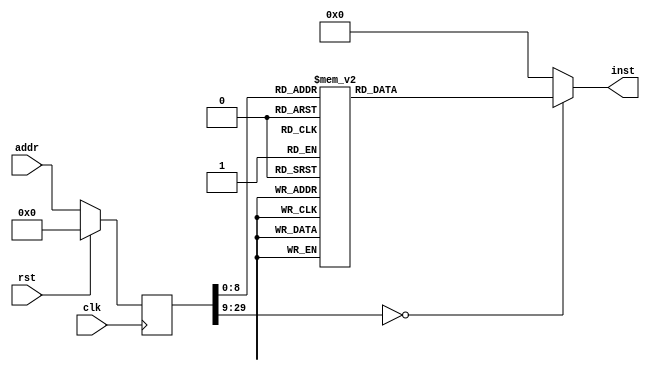
module asmtest(input clk, input rst, input [29:0] addr, output reg [31:0] inst);
reg [29:0] addr_r;
always @(posedge clk)
begin
addr_r <= (rst) ? (30'b0) : (addr);
end
always @(*)
begin
case(addr_r)
30'h00000000: inst = 32'h130f0000;
30'h00000001: inst = 32'h93030000;
30'h00000002: inst = 32'h93013000;
30'h00000003: inst = 32'h13024000;
30'h00000004: inst = 32'h93025000;
30'h00000005: inst = 32'h13036000;
30'h00000006: inst = 32'hb7000010;
30'h00000007: inst = 32'h93800002;
30'h00000008: inst = 32'h37b1ad1e;
30'h00000009: inst = 32'h1301f10e;
30'h0000000a: inst = 32'h37050010;
30'h0000000b: inst = 32'h23201500;
30'h0000000c: inst = 32'h23222500;
30'h0000000d: inst = 32'h83250500;
30'h0000000e: inst = 32'h03264500;
30'h0000000f: inst = 32'h930f1003;
30'h00000010: inst = 32'h93831300;
30'h00000011: inst = 32'h639eb05c;
30'h00000012: inst = 32'h930f2003;
30'h00000013: inst = 32'h93831300;
30'h00000014: inst = 32'h6318c15c;
30'h00000015: inst = 32'h930f3003;
30'h00000016: inst = 32'h93831300;
30'h00000017: inst = 32'h371a0000;
30'h00000018: inst = 32'h930a0040;
30'h00000019: inst = 32'h938a0a40;
30'h0000001a: inst = 32'h938a0a40;
30'h0000001b: inst = 32'h938a0a40;
30'h0000001c: inst = 32'h63984a5b;
30'h0000001d: inst = 32'h930f4003;
30'h0000001e: inst = 32'h93831300;
30'h0000001f: inst = 32'h930af04f;
30'h00000020: inst = 32'h136af04f;
30'h00000021: inst = 32'h639e4a59;
30'h00000022: inst = 32'h930f5003;
30'h00000023: inst = 32'h93831300;
30'h00000024: inst = 32'h170a0000;
30'h00000025: inst = 32'he70aca00;
30'h00000026: inst = 32'h6f00c062;
30'h00000027: inst = 32'h130a8a00;
30'h00000028: inst = 32'h63105a59;
30'h00000029: inst = 32'h930f6003;
30'h0000002a: inst = 32'h93831300;
30'h0000002b: inst = 32'h170a0000;
30'h0000002c: inst = 32'h135aca01;
30'h0000002d: inst = 32'h93021000;
30'h0000002e: inst = 32'h63944257;
30'h0000002f: inst = 32'h930f7003;
30'h00000030: inst = 32'h93831300;
30'h00000031: inst = 32'h130a1000;
30'h00000032: inst = 32'h930a2000;
30'h00000033: inst = 32'h130b2000;
30'h00000034: inst = 32'h630a5a5f;
30'h00000035: inst = 32'h63846a01;
30'h00000036: inst = 32'h6f008054;
30'h00000037: inst = 32'h930f8003;
30'h00000038: inst = 32'h93831300;
30'h00000039: inst = 32'h130a1000;
30'h0000003a: inst = 32'h930a2000;
30'h0000003b: inst = 32'hb7fbffff;
30'h0000003c: inst = 32'h63ca4a5d;
30'h0000003d: inst = 32'h63c87a5d;
30'h0000003e: inst = 32'h63c44b01;
30'h0000003f: inst = 32'h6f004052;
30'h00000040: inst = 32'h930f9003;
30'h00000041: inst = 32'h93831300;
30'h00000042: inst = 32'h130a1000;
30'h00000043: inst = 32'h930a2000;
30'h00000044: inst = 32'hb7fbffff;
30'h00000045: inst = 32'h63e84a5b;
30'h00000046: inst = 32'h63e64b5b;
30'h00000047: inst = 32'h63645a01;
30'h00000048: inst = 32'h6f000050;
30'h00000049: inst = 32'h930f1006;
30'h0000004a: inst = 32'h93831300;
30'h0000004b: inst = 32'h130a1000;
30'h0000004c: inst = 32'h930a2000;
30'h0000004d: inst = 32'hb7fbffff;
30'h0000004e: inst = 32'h63565a59;
30'h0000004f: inst = 32'h63d45b59;
30'h00000050: inst = 32'h63547a01;
30'h00000051: inst = 32'h6f00c04d;
30'h00000052: inst = 32'h930f2006;
30'h00000053: inst = 32'h93831300;
30'h00000054: inst = 32'h130a1000;
30'h00000055: inst = 32'h930a2000;
30'h00000056: inst = 32'hb7fbffff;
30'h00000057: inst = 32'h63747a57;
30'h00000058: inst = 32'h63725a57;
30'h00000059: inst = 32'h63705057;
30'h0000005a: inst = 32'h63f45b01;
30'h0000005b: inst = 32'h6f00404b;
30'h0000005c: inst = 32'h930f3006;
30'h0000005d: inst = 32'h93831300;
30'h0000005e: inst = 32'h130af00f;
30'h0000005f: inst = 32'h931a4a01;
30'h00000060: inst = 32'hb70bf00f;
30'h00000061: inst = 32'h639e5b49;
30'h00000062: inst = 32'h930f4006;
30'h00000063: inst = 32'h93831300;
30'h00000064: inst = 32'h37fcffff;
30'h00000065: inst = 32'h136cfcff;
30'h00000066: inst = 32'hb70b0080;
30'h00000067: inst = 32'h93dbfb41;
30'h00000068: inst = 32'h63107c49;
30'h00000069: inst = 32'h930f5006;
30'h0000006a: inst = 32'h93831300;
30'h0000006b: inst = 32'h37050010;
30'h0000006c: inst = 32'hb74a6587;
30'h0000006d: inst = 32'h93ea1a32;
30'h0000006e: inst = 32'h23205501;
30'h0000006f: inst = 32'h030b0500;
30'h00000070: inst = 32'h130c1002;
30'h00000071: inst = 32'h631e8b45;
30'h00000072: inst = 32'h030b1500;
30'h00000073: inst = 32'h130c3004;
30'h00000074: inst = 32'h63188b45;
30'h00000075: inst = 32'h030b2500;
30'h00000076: inst = 32'h130c5006;
30'h00000077: inst = 32'h63128b45;
30'h00000078: inst = 32'h030b3500;
30'h00000079: inst = 32'h370c0087;
30'h0000007a: inst = 32'h135c8c41;
30'h0000007b: inst = 32'h631a8b43;
30'h0000007c: inst = 32'h930f6006;
30'h0000007d: inst = 32'h93831300;
30'h0000007e: inst = 32'h37050010;
30'h0000007f: inst = 32'h370defcd;
30'h00000080: inst = 32'h135d0d01;
30'h00000081: inst = 32'h370aab89;
30'h00000082: inst = 32'hb3094d01;
30'h00000083: inst = 32'h23203501;
30'h00000084: inst = 32'h83270500;
30'h00000085: inst = 32'h030b0500;
30'h00000086: inst = 32'h370c00ef;
30'h00000087: inst = 32'h135c8c41;
30'h00000088: inst = 32'h63108b41;
30'h00000089: inst = 32'h030b1500;
30'h0000008a: inst = 32'h370c00cd;
30'h0000008b: inst = 32'h135c8c41;
30'h0000008c: inst = 32'h63188b3f;
30'h0000008d: inst = 32'h030b2500;
30'h0000008e: inst = 32'h370c00ab;
30'h0000008f: inst = 32'h135c8c41;
30'h00000090: inst = 32'h63108b3f;
30'h00000091: inst = 32'h832c0500;
30'h00000092: inst = 32'h030b3500;
30'h00000093: inst = 32'h370c0089;
30'h00000094: inst = 32'h135c8c41;
30'h00000095: inst = 32'h63168b3d;
30'h00000096: inst = 32'h930f7006;
30'h00000097: inst = 32'h93831300;
30'h00000098: inst = 32'h37050010;
30'h00000099: inst = 32'h370defcd;
30'h0000009a: inst = 32'h135d0d01;
30'h0000009b: inst = 32'h370aab89;
30'h0000009c: inst = 32'hb3094d01;
30'h0000009d: inst = 32'h23203501;
30'h0000009e: inst = 32'h83270500;
30'h0000009f: inst = 32'h031b0500;
30'h000000a0: inst = 32'h370cefcd;
30'h000000a1: inst = 32'h135c0c41;
30'h000000a2: inst = 32'h631c8b39;
30'h000000a3: inst = 32'h031b2500;
30'h000000a4: inst = 32'h370cab89;
30'h000000a5: inst = 32'h135c0c41;
30'h000000a6: inst = 32'h63148b39;
30'h000000a7: inst = 32'h930f8006;
30'h000000a8: inst = 32'h93831300;
30'h000000a9: inst = 32'h37050010;
30'h000000aa: inst = 32'h370d2143;
30'h000000ab: inst = 32'h135d0d01;
30'h000000ac: inst = 32'h370a6587;
30'h000000ad: inst = 32'hb3094d01;
30'h000000ae: inst = 32'h23203501;
30'h000000af: inst = 32'h83270500;
30'h000000b0: inst = 32'h031b0500;
30'h000000b1: inst = 32'h370c2143;
30'h000000b2: inst = 32'h135c0c41;
30'h000000b3: inst = 32'h631a8b35;
30'h000000b4: inst = 32'h031b2500;
30'h000000b5: inst = 32'h370c6587;
30'h000000b6: inst = 32'h135c0c41;
30'h000000b7: inst = 32'h63128b35;
30'h000000b8: inst = 32'h930f9006;
30'h000000b9: inst = 32'h93831300;
30'h000000ba: inst = 32'h37050010;
30'h000000bb: inst = 32'h370d2143;
30'h000000bc: inst = 32'h135d0d01;
30'h000000bd: inst = 32'h370a6587;
30'h000000be: inst = 32'hb3094d01;
30'h000000bf: inst = 32'h23203501;
30'h000000c0: inst = 32'h83270500;
30'h000000c1: inst = 32'h639e3731;
30'h000000c2: inst = 32'h930fa006;
30'h000000c3: inst = 32'h93831300;
30'h000000c4: inst = 32'h37050010;
30'h000000c5: inst = 32'hb74a6587;
30'h000000c6: inst = 32'h93ea1a32;
30'h000000c7: inst = 32'h23205501;
30'h000000c8: inst = 32'h034b0500;
30'h000000c9: inst = 32'h130c1002;
30'h000000ca: inst = 32'h631c8b2f;
30'h000000cb: inst = 32'h034b1500;
30'h000000cc: inst = 32'h130c3004;
30'h000000cd: inst = 32'h63168b2f;
30'h000000ce: inst = 32'h034b2500;
30'h000000cf: inst = 32'h130c5006;
30'h000000d0: inst = 32'h63108b2f;
30'h000000d1: inst = 32'h034b3500;
30'h000000d2: inst = 32'h370c0087;
30'h000000d3: inst = 32'h135c8c01;
30'h000000d4: inst = 32'h63188b2d;
30'h000000d5: inst = 32'h930fb006;
30'h000000d6: inst = 32'h93831300;
30'h000000d7: inst = 32'h37050010;
30'h000000d8: inst = 32'h370defcd;
30'h000000d9: inst = 32'h135d0d01;
30'h000000da: inst = 32'h370aab89;
30'h000000db: inst = 32'hb3094d01;
30'h000000dc: inst = 32'h23203501;
30'h000000dd: inst = 32'h83270500;
30'h000000de: inst = 32'h034b0500;
30'h000000df: inst = 32'h370c00ef;
30'h000000e0: inst = 32'h135c8c01;
30'h000000e1: inst = 32'h631e8b29;
30'h000000e2: inst = 32'h034b1500;
30'h000000e3: inst = 32'h370c00cd;
30'h000000e4: inst = 32'h135c8c01;
30'h000000e5: inst = 32'h63168b29;
30'h000000e6: inst = 32'h034b2500;
30'h000000e7: inst = 32'h370c00ab;
30'h000000e8: inst = 32'h135c8c01;
30'h000000e9: inst = 32'h631e8b27;
30'h000000ea: inst = 32'h034b3500;
30'h000000eb: inst = 32'h370c0089;
30'h000000ec: inst = 32'h135c8c01;
30'h000000ed: inst = 32'h63168b27;
30'h000000ee: inst = 32'h930fc006;
30'h000000ef: inst = 32'h93831300;
30'h000000f0: inst = 32'h37050010;
30'h000000f1: inst = 32'h370defcd;
30'h000000f2: inst = 32'h135d0d01;
30'h000000f3: inst = 32'h370aab89;
30'h000000f4: inst = 32'hb3094d01;
30'h000000f5: inst = 32'h23203501;
30'h000000f6: inst = 32'h83270500;
30'h000000f7: inst = 32'h035b0500;
30'h000000f8: inst = 32'h370cefcd;
30'h000000f9: inst = 32'h135c0c01;
30'h000000fa: inst = 32'h631c8b23;
30'h000000fb: inst = 32'h035b2500;
30'h000000fc: inst = 32'h370cab89;
30'h000000fd: inst = 32'h135c0c01;
30'h000000fe: inst = 32'h63148b23;
30'h000000ff: inst = 32'h930fd006;
30'h00000100: inst = 32'h93831300;
30'h00000101: inst = 32'h37050010;
30'h00000102: inst = 32'h370d2143;
30'h00000103: inst = 32'h135d0d01;
30'h00000104: inst = 32'h370a6587;
30'h00000105: inst = 32'hb3094d01;
30'h00000106: inst = 32'h23203501;
30'h00000107: inst = 32'h83270500;
30'h00000108: inst = 32'h035b0500;
30'h00000109: inst = 32'h370c2143;
30'h0000010a: inst = 32'h135c0c01;
30'h0000010b: inst = 32'h631a8b1f;
30'h0000010c: inst = 32'h035b2500;
30'h0000010d: inst = 32'h370c6587;
30'h0000010e: inst = 32'h135c0c01;
30'h0000010f: inst = 32'h63128b1f;
30'h00000110: inst = 32'h930fe006;
30'h00000111: inst = 32'h93831300;
30'h00000112: inst = 32'h37050010;
30'h00000113: inst = 32'h370d2143;
30'h00000114: inst = 32'h135d0d01;
30'h00000115: inst = 32'h370a6587;
30'h00000116: inst = 32'hb3094d01;
30'h00000117: inst = 32'h23200500;
30'h00000118: inst = 32'h23003501;
30'h00000119: inst = 32'h370c0021;
30'h0000011a: inst = 32'h135c8c01;
30'h0000011b: inst = 32'h032b0500;
30'h0000011c: inst = 32'h63188b1b;
30'h0000011d: inst = 32'ha3003501;
30'h0000011e: inst = 32'h370c2121;
30'h0000011f: inst = 32'h135c0c01;
30'h00000120: inst = 32'h032b0500;
30'h00000121: inst = 32'h631e8b19;
30'h00000122: inst = 32'h23200500;
30'h00000123: inst = 32'h23013501;
30'h00000124: inst = 32'h370c2100;
30'h00000125: inst = 32'h032b0500;
30'h00000126: inst = 32'h63148b19;
30'h00000127: inst = 32'ha3013501;
30'h00000128: inst = 32'h370c2121;
30'h00000129: inst = 32'h032b0500;
30'h0000012a: inst = 32'h631c8b17;
30'h0000012b: inst = 32'h930fe006;
30'h0000012c: inst = 32'h93831300;
30'h0000012d: inst = 32'h37050010;
30'h0000012e: inst = 32'h370d2143;
30'h0000012f: inst = 32'h135d0d01;
30'h00000130: inst = 32'h370a6587;
30'h00000131: inst = 32'hb3094d01;
30'h00000132: inst = 32'h23200500;
30'h00000133: inst = 32'h23003501;
30'h00000134: inst = 32'h370c0021;
30'h00000135: inst = 32'h135c8c01;
30'h00000136: inst = 32'h032b0500;
30'h00000137: inst = 32'h63128b15;
30'h00000138: inst = 32'ha3003501;
30'h00000139: inst = 32'h370c2121;
30'h0000013a: inst = 32'h135c0c01;
30'h0000013b: inst = 32'h032b0500;
30'h0000013c: inst = 32'h63188b13;
30'h0000013d: inst = 32'h23200500;
30'h0000013e: inst = 32'h23013501;
30'h0000013f: inst = 32'h370c2100;
30'h00000140: inst = 32'h032b0500;
30'h00000141: inst = 32'h631e8b11;
30'h00000142: inst = 32'ha3013501;
30'h00000143: inst = 32'h370c2121;
30'h00000144: inst = 32'h032b0500;
30'h00000145: inst = 32'h63168b11;
30'h00000146: inst = 32'h930fc006;
30'h00000147: inst = 32'h93831300;
30'h00000148: inst = 32'h370d2143;
30'h00000149: inst = 32'h135d0d01;
30'h0000014a: inst = 32'h370a6587;
30'h0000014b: inst = 32'hb3094d01;
30'h0000014c: inst = 32'h23223501;
30'h0000014d: inst = 32'h032b4500;
30'h0000014e: inst = 32'h6394690f;
30'h0000014f: inst = 32'h930ff006;
30'h00000150: inst = 32'h93831300;
30'h00000151: inst = 32'h37050010;
30'h00000152: inst = 32'h370d2143;
30'h00000153: inst = 32'h135d0d01;
30'h00000154: inst = 32'h370a6587;
30'h00000155: inst = 32'hb3094d01;
30'h00000156: inst = 32'h23203501;
30'h00000157: inst = 32'h370d3412;
30'h00000158: inst = 32'h135d0d01;
30'h00000159: inst = 32'h2310a501;
30'h0000015a: inst = 32'h032b0500;
30'h0000015b: inst = 32'h370d3412;
30'h0000015c: inst = 32'h135d0d01;
30'h0000015d: inst = 32'h370a6587;
30'h0000015e: inst = 32'h330c4d01;
30'h0000015f: inst = 32'h63128b0b;
30'h00000160: inst = 32'h370d2143;
30'h00000161: inst = 32'h135d0d01;
30'h00000162: inst = 32'h2311a501;
30'h00000163: inst = 32'h032b0500;
30'h00000164: inst = 32'hb70c3412;
30'h00000165: inst = 32'h93dc0c01;
30'h00000166: inst = 32'h370a2143;
30'h00000167: inst = 32'h338c4c01;
30'h00000168: inst = 32'h63108b09;
30'h00000169: inst = 32'h930f0007;
30'h0000016a: inst = 32'h93831300;
30'h0000016b: inst = 32'h37050010;
30'h0000016c: inst = 32'h93054500;
30'h0000016d: inst = 32'h130d5000;
30'h0000016e: inst = 32'h23aea5ff;
30'h0000016f: inst = 32'h83220500;
30'h00000170: inst = 32'h6390a207;
30'h00000171: inst = 32'h930f1007;
30'h00000172: inst = 32'h93831300;
30'h00000173: inst = 32'hef00c000;
30'h00000174: inst = 32'h03a40500;
30'h00000175: inst = 32'h63166404;
30'h00000176: inst = 32'h13036000;
30'h00000177: inst = 32'hb7050010;
30'h00000178: inst = 32'h13050040;
30'h00000179: inst = 32'h13158500;
30'h0000017a: inst = 32'hb305b500;
30'h0000017b: inst = 32'h23a06500;
30'h0000017c: inst = 32'he7800000;
30'h0000017d: inst = 32'h930f2007;
30'h0000017e: inst = 32'h93831300;
30'h0000017f: inst = 32'h13012000;
30'h00000180: inst = 32'h330a0000;
30'h00000181: inst = 32'h63040000;
30'h00000182: inst = 32'h130aaa00;
30'h00000183: inst = 32'h33000000;
30'h00000184: inst = 32'h33000000;
30'h00000185: inst = 32'h130a2a00;
30'h00000186: inst = 32'h63144101;
30'h00000187: inst = 32'h6f00c00e;
30'h00000188: inst = 32'h13026004;
30'h00000189: inst = 32'hef008017;
30'h0000018a: inst = 32'h13021004;
30'h0000018b: inst = 32'hef000017;
30'h0000018c: inst = 32'h13029004;
30'h0000018d: inst = 32'hef008016;
30'h0000018e: inst = 32'h1302c004;
30'h0000018f: inst = 32'hef000016;
30'h00000190: inst = 32'h13026004;
30'h00000191: inst = 32'hef008015;
30'h00000192: inst = 32'h13021004;
30'h00000193: inst = 32'hef000015;
30'h00000194: inst = 32'h13029004;
30'h00000195: inst = 32'hef008014;
30'h00000196: inst = 32'h1302c004;
30'h00000197: inst = 32'hef000014;
30'h00000198: inst = 32'h13026004;
30'h00000199: inst = 32'hef008013;
30'h0000019a: inst = 32'h13021004;
30'h0000019b: inst = 32'hef000013;
30'h0000019c: inst = 32'h13029004;
30'h0000019d: inst = 32'hef008012;
30'h0000019e: inst = 32'h1302c004;
30'h0000019f: inst = 32'hef000012;
30'h000001a0: inst = 32'h13026004;
30'h000001a1: inst = 32'hef008011;
30'h000001a2: inst = 32'h13021004;
30'h000001a3: inst = 32'hef000011;
30'h000001a4: inst = 32'h13029004;
30'h000001a5: inst = 32'hef008010;
30'h000001a6: inst = 32'h1302c004;
30'h000001a7: inst = 32'hef000010;
30'h000001a8: inst = 32'h1302a003;
30'h000001a9: inst = 32'hef00800f;
30'h000001aa: inst = 32'h13020002;
30'h000001ab: inst = 32'hef00000f;
30'h000001ac: inst = 32'h3302f001;
30'h000001ad: inst = 32'hef00800e;
30'h000001ae: inst = 32'h1302a000;
30'h000001af: inst = 32'hef00000e;
30'h000001b0: inst = 32'h6f00400d;
30'h000001b1: inst = 32'h13026004;
30'h000001b2: inst = 32'hef00400d;
30'h000001b3: inst = 32'h1302c004;
30'h000001b4: inst = 32'hef00c00c;
30'h000001b5: inst = 32'h13021004;
30'h000001b6: inst = 32'hef00400c;
30'h000001b7: inst = 32'h13027004;
30'h000001b8: inst = 32'hef00c00b;
30'h000001b9: inst = 32'h1302a003;
30'h000001ba: inst = 32'hef00400b;
30'h000001bb: inst = 32'h13020002;
30'h000001bc: inst = 32'hef00c00a;
30'h000001bd: inst = 32'h3302f001;
30'h000001be: inst = 32'hef00400a;
30'h000001bf: inst = 32'h1302a000;
30'h000001c0: inst = 32'hef00c009;
30'h000001c1: inst = 32'h6f000009;
30'h000001c2: inst = 32'h13020005;
30'h000001c3: inst = 32'hef000009;
30'h000001c4: inst = 32'h13021004;
30'h000001c5: inst = 32'hef008008;
30'h000001c6: inst = 32'h13023005;
30'h000001c7: inst = 32'hef000008;
30'h000001c8: inst = 32'h13023005;
30'h000001c9: inst = 32'hef008007;
30'h000001ca: inst = 32'h13020005;
30'h000001cb: inst = 32'hef000007;
30'h000001cc: inst = 32'h13021004;
30'h000001cd: inst = 32'hef008006;
30'h000001ce: inst = 32'h13023005;
30'h000001cf: inst = 32'hef000006;
30'h000001d0: inst = 32'h13023005;
30'h000001d1: inst = 32'hef008005;
30'h000001d2: inst = 32'h13020005;
30'h000001d3: inst = 32'hef000005;
30'h000001d4: inst = 32'h13021004;
30'h000001d5: inst = 32'hef008004;
30'h000001d6: inst = 32'h13023005;
30'h000001d7: inst = 32'hef000004;
30'h000001d8: inst = 32'h13023005;
30'h000001d9: inst = 32'hef008003;
30'h000001da: inst = 32'h13020005;
30'h000001db: inst = 32'hef000003;
30'h000001dc: inst = 32'h13021004;
30'h000001dd: inst = 32'hef008002;
30'h000001de: inst = 32'h13023005;
30'h000001df: inst = 32'hef000002;
30'h000001e0: inst = 32'h13023005;
30'h000001e1: inst = 32'hef008001;
30'h000001e2: inst = 32'h1302a000;
30'h000001e3: inst = 32'hef000001;
30'h000001e4: inst = 32'h6f004000;
30'h000001e5: inst = 32'h130f1000;
30'h000001e6: inst = 32'h6ff0dfff;
30'h000001e7: inst = 32'h37010080;
30'h000001e8: inst = 32'h83210100;
30'h000001e9: inst = 32'h93f11100;
30'h000001ea: inst = 32'he38a01fe;
30'h000001eb: inst = 32'h23244100;
30'h000001ec: inst = 32'h67800000;
default:      inst = 32'h00000000;
endcase
end
endmodule